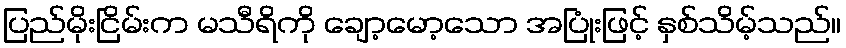
ပြည်မိုးငြိမ်းက မသီရိကို ချော့မော့သော အပြုံးဖြင့် နှစ်သိမ့်သည်။